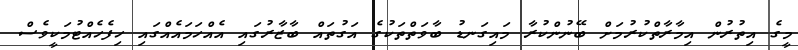
މީގެ އިތުރުން އިމާރާތްކުރުމަށް ބޭނުންކުރާ މައިގަނޑު ބާވަތްތަކުގެ އަގުތައް ބާޒާރުގައި އެއްހަމައެއްގައި ހިފެހެއްޓުމަކީވެސް